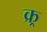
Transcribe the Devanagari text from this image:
क्र्र